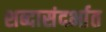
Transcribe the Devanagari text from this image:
शब्दासंदर्भात